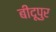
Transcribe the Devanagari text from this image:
बीदूपुर